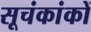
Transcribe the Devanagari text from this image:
सूचंकांकों